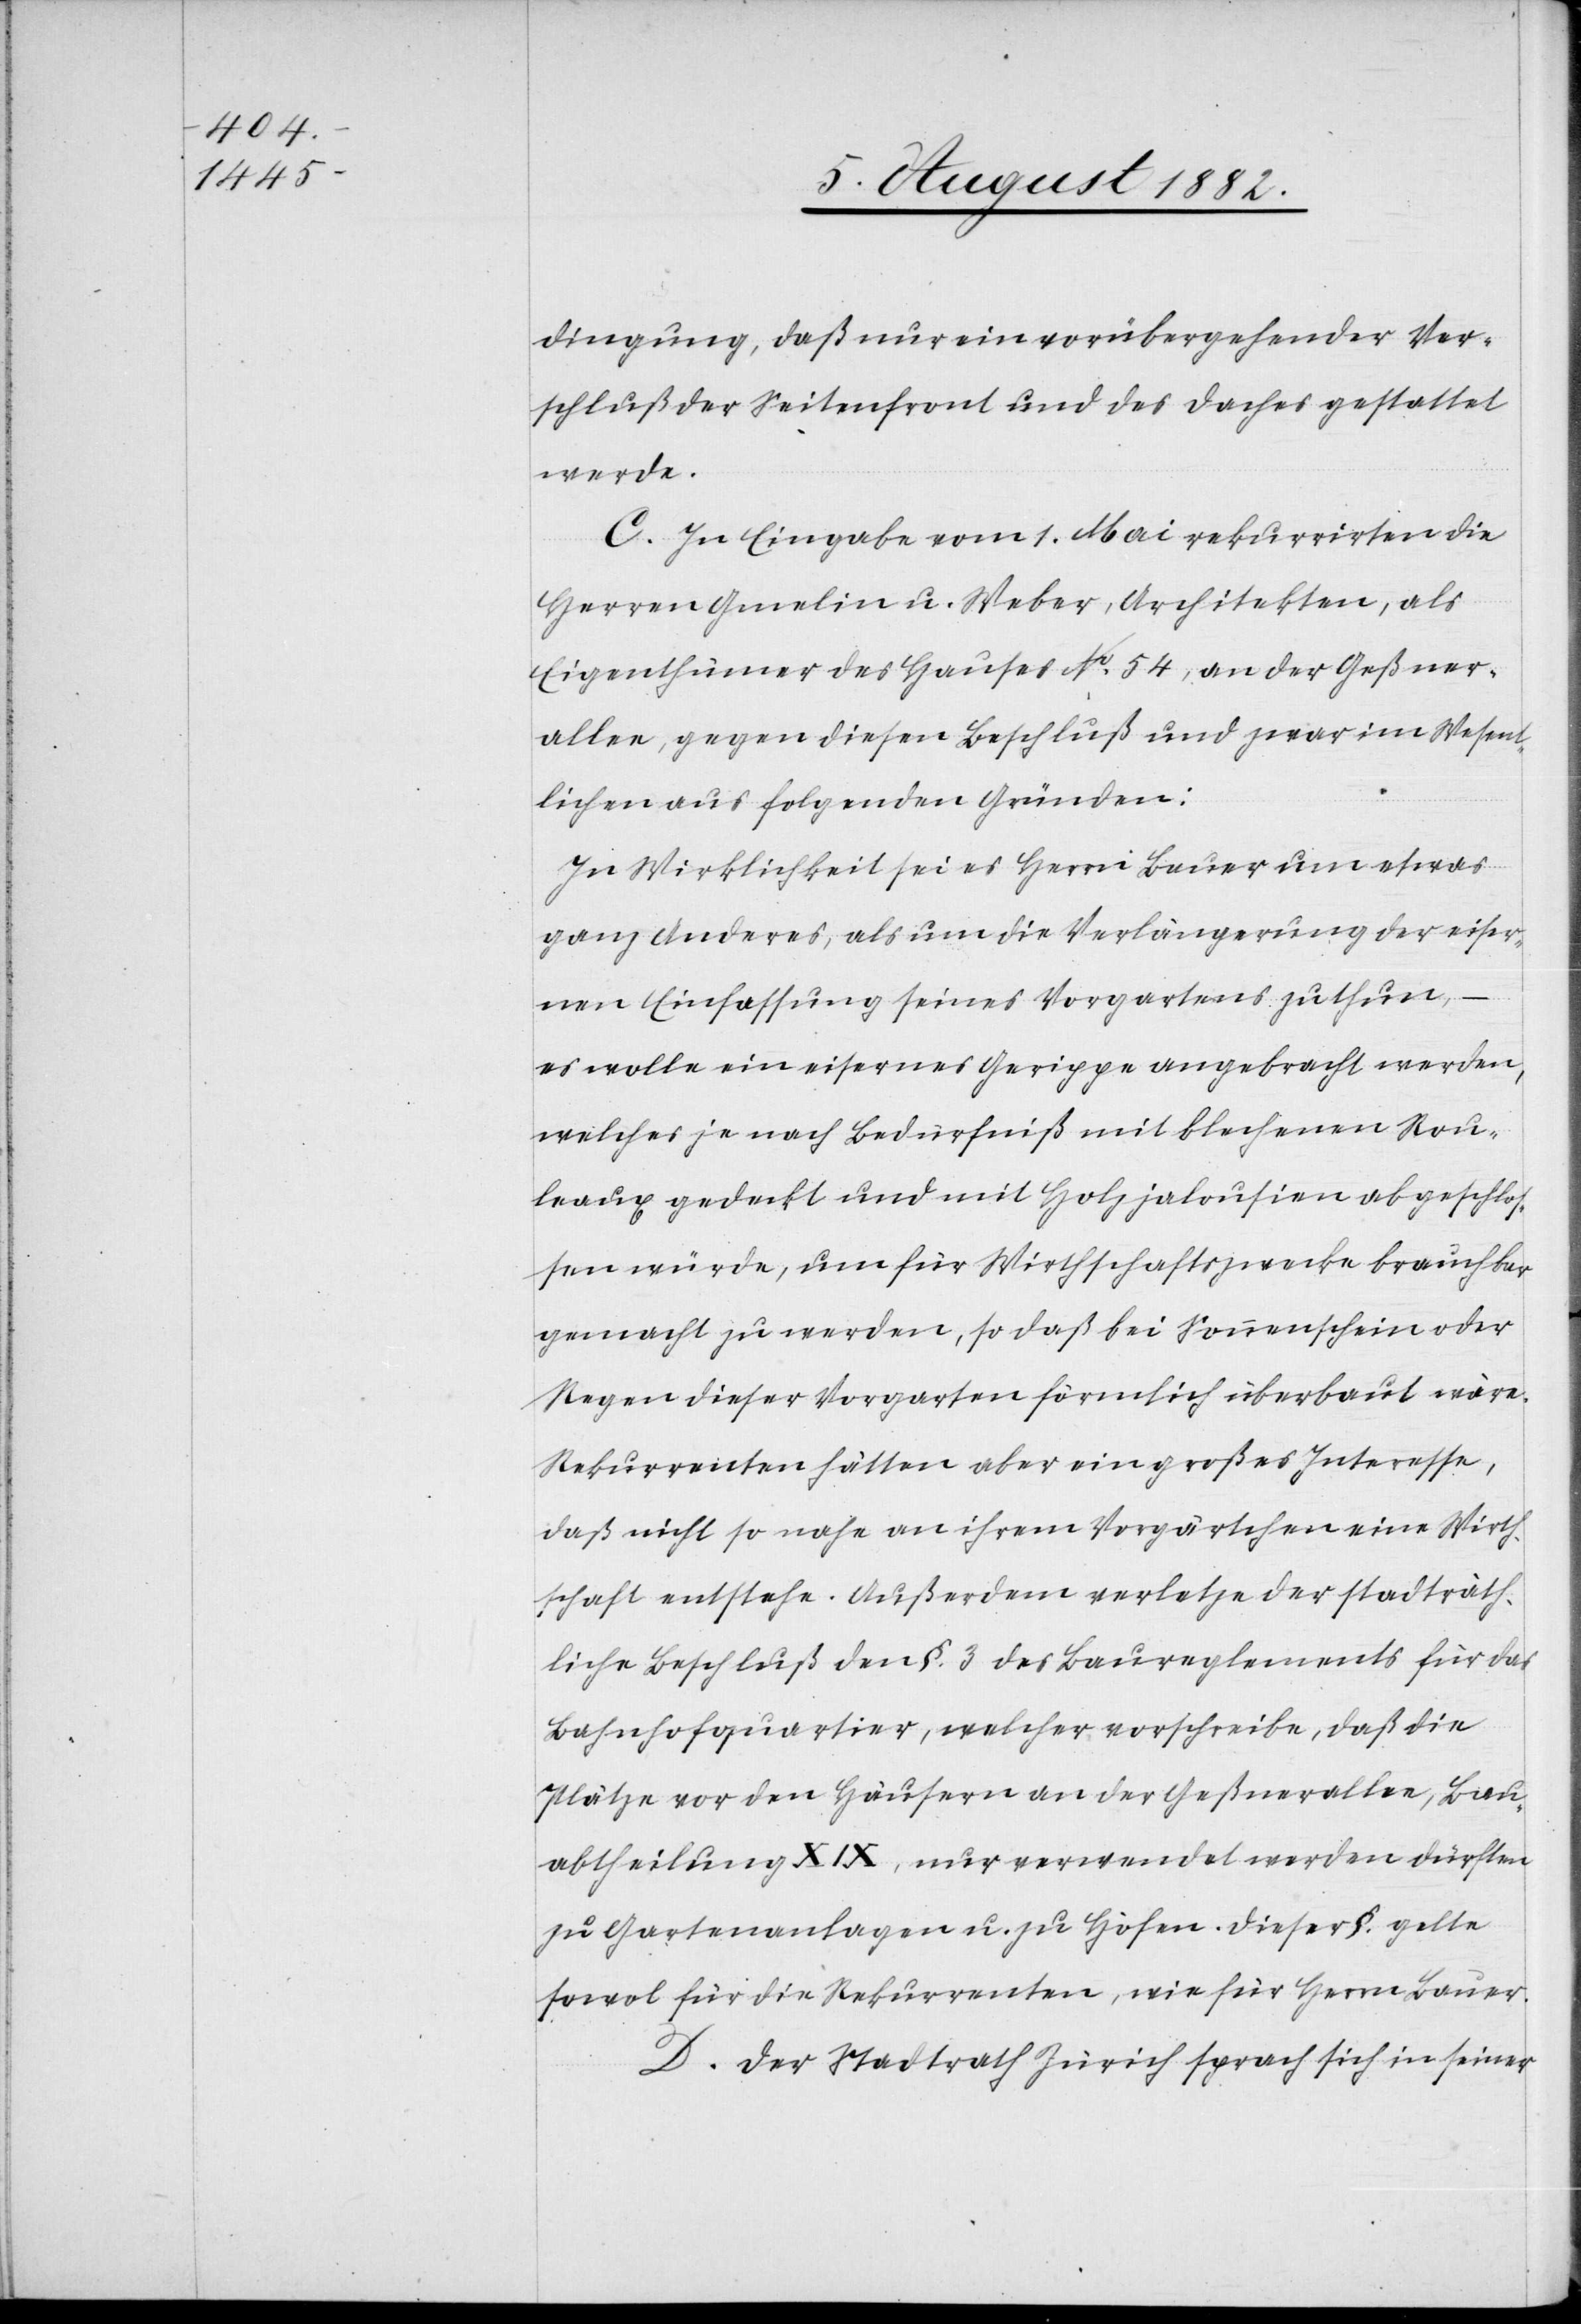
dingung, daß nur ein vorübergehender Ver¬
schluß der Seitenfront und des Daches gestattet
werde.
C. In Eingabe vom 1. Mai rekurrirten die
Herren Gmelin u. Weber, Architekten, als
Eigenthümer des Hauses No 54, an der Geßner¬
allee, gegen diesen Beschluß und zwar im Wesent¬
lichen aus folgenden Gründen:
In Wirklichkeit sei es Herrn Bauer um etwas
ganz Anderes, als um die Verlängerung der eiser¬
nen Einfassung seines Vorgartens zu thun,
es woll ein eisernes Gerippe angebracht werden,
welches je nach Bedürfniß mit blechenen Rou¬
leaux gedeckt und mit Holzjalousien abgeschlos¬
sen würde, um für Wirthschaftszwecke brauchbar
gemacht zu werden, so daß bei Sonnenschein oder
Regen dieser Vorgarten förmlich überbaut wäre.
Rekurrenten hätten aber ein großes Interesse,
daß nicht so nahe an ihrem Vorgärtchen eine Wirth¬
schaft entstehe. Außerdem verletze der stadträth¬
liche Beschluß den §. 3 des Baureglements für das
Bahnhofquartier, welcher vorschreibe, daß die
Plätze vor den Häusern an der Geßnerallee, Bau¬
abtheilung XIX, nur verwendet werden dürften
zu Gartenanlagen u. zu Höfen. Dieser §. gelte
sowol für die Rekurrenten, wie für Herrn Bauer.
D. Der Stadtrath Zürich sprach sich in seiner